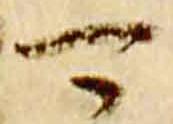
可